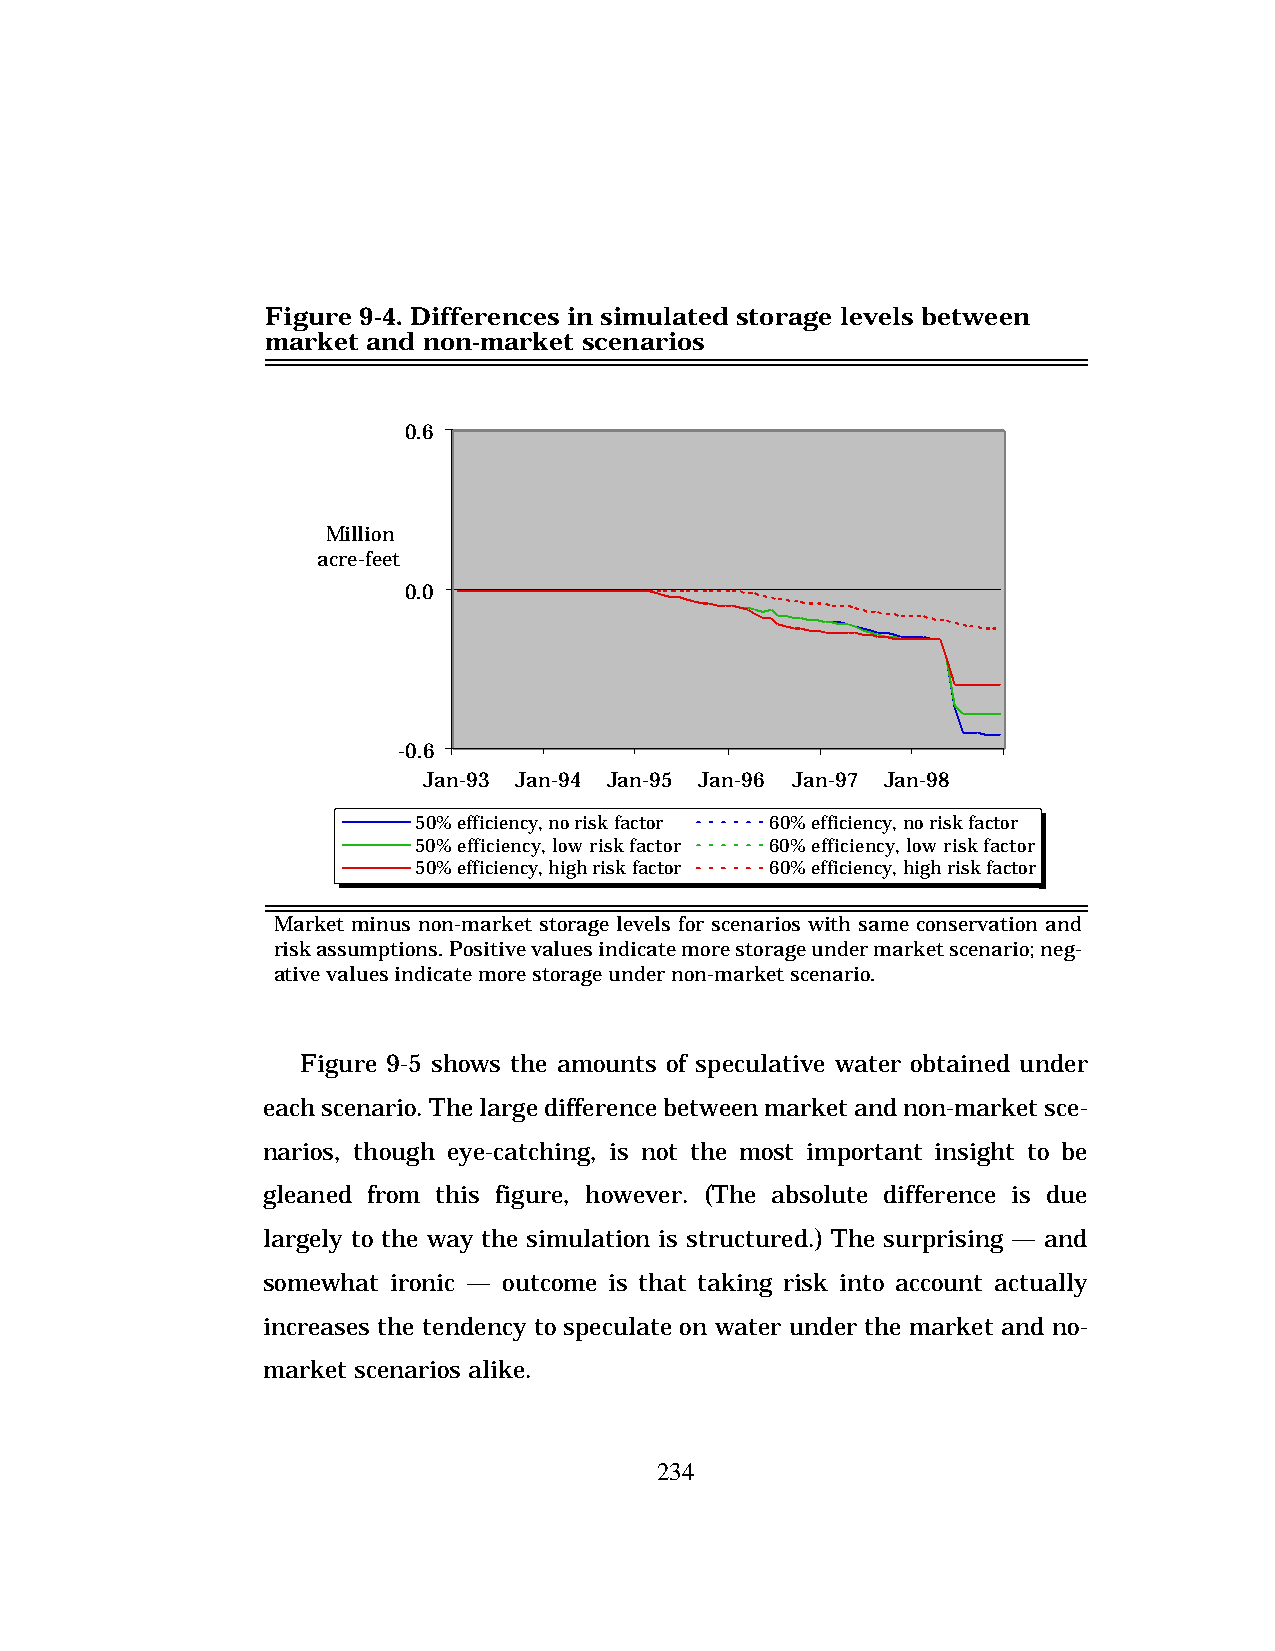
Figure 9-4. Differences in simulated storage levels between
 market and non-market scenarios
 0.6
 Million
 acre-feet
 0.0
 -0.6
 Jan-93 Jan-94 Jan-95 Jan-96 Jan-97 Jan-98
 50% efficiency, no risk factor 60% efficiency, no risk factor
 50% efficiency, low risk factor 60% efficiency, low risk factor
 50% efficiency, high risk factor 60% efficiency, high risk factor
 Market minus non-market storage levels for scenarios with same conservation and
 risk assumptions. Positive values indicate more storage under market scenario; neg-
 ative values indicate more storage under non-market scenario.
 Figure 9-5 shows the amounts of speculative water obtained under
 each scenario. The large difference between market and non-market sce-
 narios, though eye-catching, is not the most important insight to be
 gleaned from this figure, however. (The absolute difference is due
 largely to the way the simulation is structured.) The surprising — and
 somewhat ironic — outcome is that taking risk into account actually
 increases the tendency to speculate on water under the market and no-
 market scenarios alike.
 234